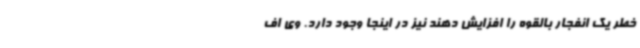
خطر یک انفجار بالقوه را افزایش دهند نیز در اینجا وجود دارد. وی اف